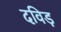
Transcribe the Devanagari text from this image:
दविड़